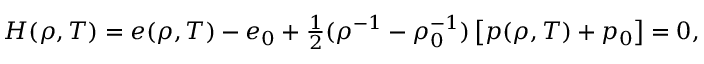
\begin{array} { r } { H ( \rho , T ) = e ( \rho , T ) - e _ { 0 } + \frac { 1 } { 2 } ( \rho ^ { - 1 } - \rho _ { 0 } ^ { - 1 } ) \left[ p ( \rho , T ) + p _ { 0 } \right] = 0 , } \end{array}